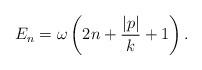
LaTeX: \begin{align*}E_n=\omega\left(2n+\frac{|p|}{k}+1\right).\end{align*}